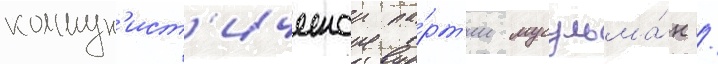
коммун'ист'ическои па́рт'ии мусульма́н /